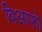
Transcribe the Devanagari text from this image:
बिआफो